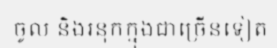
ចូល និងរនុកក្នុងជាច្រើនទៀត